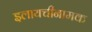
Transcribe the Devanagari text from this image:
इलायचीनामक